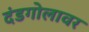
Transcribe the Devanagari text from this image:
दंडगोलावर